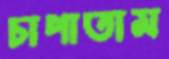
চাপাতাম